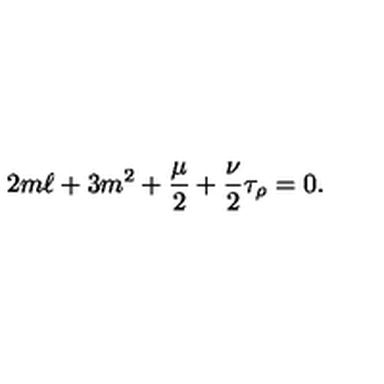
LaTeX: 2 m \ell + 3 m ^ { 2 } + \frac { \mu } { 2 } + \frac { \nu } { 2 } \tau _ { \rho } = 0 .